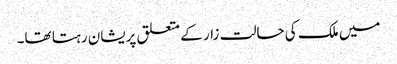
میں ملک کی حالت زار کے متعلق پریشان رہتا تھا۔